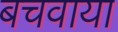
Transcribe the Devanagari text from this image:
बचवाया